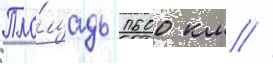
Пло́щадь 1600 км //